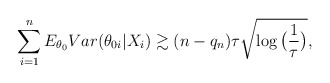
\begin{align*} \sum_{i=1}^{n} E_{\theta_{0}} Var(\theta_{0i}|X_i) \gtrsim (n-q_n)\tau\sqrt{\log\big(\frac{1}{\tau}\big)},\end{align*}